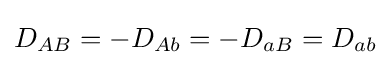
D_{AB}=-D_{Ab}=-D_{aB}=D_{ab}